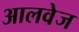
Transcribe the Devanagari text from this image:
आलवेज